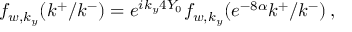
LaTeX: f _ { w , k _ { y } } ( k ^ { + } / k ^ { - } ) = e ^ { i k _ { y } 4 Y _ { 0 } } f _ { w , k _ { y } } ( e ^ { - 8 \alpha } k ^ { + } / k ^ { - } ) \, ,